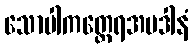
သောပါကတ္ထေရအပဒါနံ